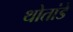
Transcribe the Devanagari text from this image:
थोतांडे